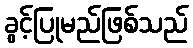
ခွင့်ပြုမည်ဖြစ်သည်